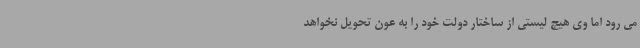
می رود اما وی هیچ لیستی از ساختار دولت خود را به عون تحویل نخواهد